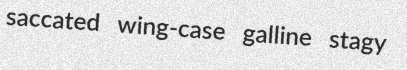
saccated wing-case galline stagy